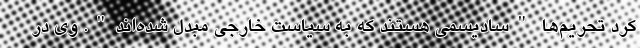
کرد تحریم‌ها "سادیسمی هستند که به سیاست خارجی مبدل شده‌اند". وی در